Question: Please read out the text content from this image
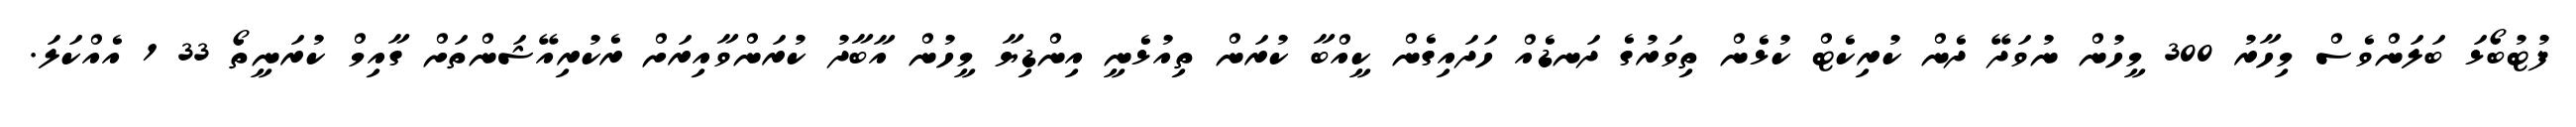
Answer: ފުޓުބޯޅަ ބަލަންވެސް މިހާރު 300 މީހުން ނުވަދޭ ދެން ކުރިކެޓް ކުޅެން ތިވަރުގެ ދަނޑެއް ހަދައިގެން ކީއްބާ ކުރަން ތިއުޅެނީ އިންޑިޔާ މީހުން އާބާދު ކުރަންވާއިރަށް ރެކުރިއޭޝަންތަށް ގާއިމް ކުރަނީތޯ 33 1 އެއްކަލަ.